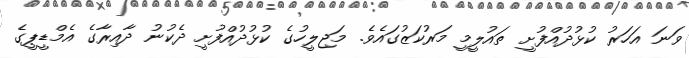
ވަނަ އަހަރު ކުޅުދުއްފުށީ ތައުލީމީ މަރުކަޒުގައެވެ. މަޖިލީހުގެ ކުޅުދުއްފުށީ ދެކުނު ދާއިރާގެ އެމްޑީޕީގެ